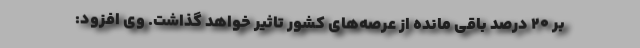
بر ۲۰ درصد باقی مانده از عرصه‌های کشور تاثیر خواهد گذاشت. وی افزود: